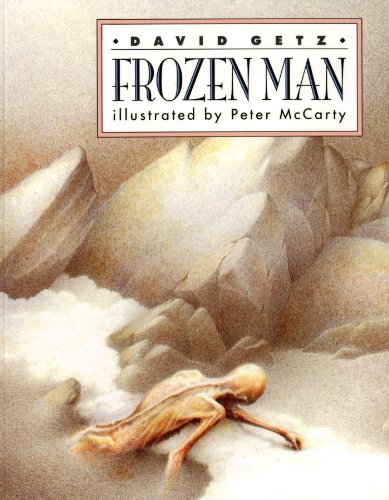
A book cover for Frozen Man (Redfeather Book); David Getz; Children's Books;